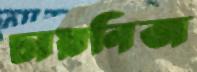
চায়নিজ